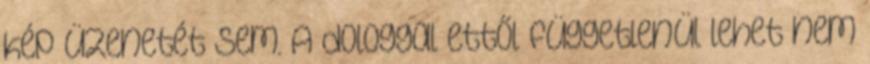
kép üzenetét sem. A dologgal ettől függetlenül lehet nem